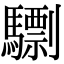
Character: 𩦠